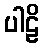
ပါဠိ